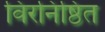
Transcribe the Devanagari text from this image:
विरनिष्ठित